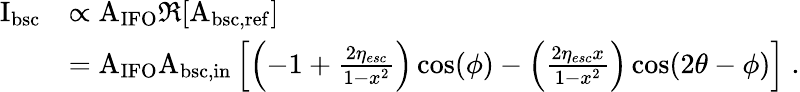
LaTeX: \begin{array}{rl}{\mathrm{I_{bsc}}}&{\propto\mathrm{A_{IFO}}\Re[\mathrm{A_{bsc,ref}}]}\\ &{=\mathrm{A_{IFO}A_{bsc,in}}\left[\left(-1+\frac{2\eta_{esc}}{1-x^{2}}\right)\cos(\phi)-\left(\frac{2\eta_{esc}x}{1-x^{2}}\right)\cos(2\theta-\phi)\right]\; .}\end{array}